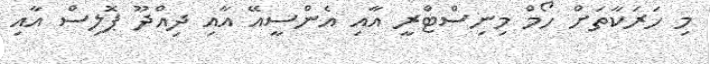
މި ހަރަކާތަށް ހޯމް މިނިސްޓްރީ އާއި އެންސީއޭ އާއި ދިއްދޫ ޕޮލިސް އާއި